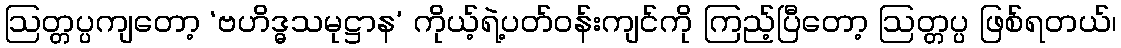
ဩတ္တပ္ပကျတော့ ‘ဗဟိဒ္ဓသမုဋ္ဌာန’ ကိုယ့်ရဲ့ပတ်ဝန်းကျင်ကို ကြည့်ပြီတော့ ဩတ္တပ္ပ ဖြစ်ရတယ်၊